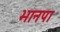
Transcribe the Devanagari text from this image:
भानपा